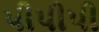
પીપીપી